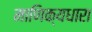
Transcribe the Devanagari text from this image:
माणिक्यधारा